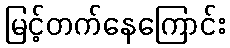
မြင့်တက်နေကြောင်း